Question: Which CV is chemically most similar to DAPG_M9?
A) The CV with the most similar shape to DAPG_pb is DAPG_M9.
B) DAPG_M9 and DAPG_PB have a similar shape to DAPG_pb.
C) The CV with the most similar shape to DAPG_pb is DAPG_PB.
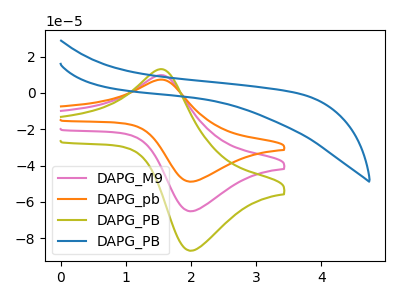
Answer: <think>The pink curve "DAPG_M9" has an anodic peak at (1.50V, 9.80uA) and a cathodic peak at (2.00V, -65.15uA). The orange curve "DAPG_pb" has an anodic peak at (1.50V, 7.35uA) and a cathodic peak at (2.00V, -48.85uA). The olive curve "DAPG_PB" has an anodic peak at (1.50V, 19.60uA) and a cathodic peak at (2.00V, -130.25uA). The blue curve "DAPG_PB" has no peaks.
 All the peaks in "DAPG_M9" have a peak in "DAPG_pb" at the same potential. Every peak in "DAPG_M9" is higher than every peak in "DAPG_pb". All the peaks in "DAPG_M9" have a peak in "DAPG_PB" at the same potential. Every peak in "DAPG_M9" is lower than every peak in "DAPG_PB". "DAPG_M9" and "DAPG_PB" have a different number of peaks. All the peaks in "DAPG_pb" have a peak in "DAPG_PB" at the same potential. Every peak in "DAPG_pb" is lower than every peak in "DAPG_PB". "DAPG_pb" and "DAPG_PB" have a different number of peaks. "DAPG_PB" and "DAPG_PB" have a different number of peaks.</think>
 <answer>B) "DAPG_M9" and "DAPG_PB" have a similar shape to "DAPG_pb".</answer>
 <eval>B</eval>